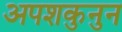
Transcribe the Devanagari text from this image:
अपशकुनुन